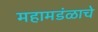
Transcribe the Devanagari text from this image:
महामडंळाचे